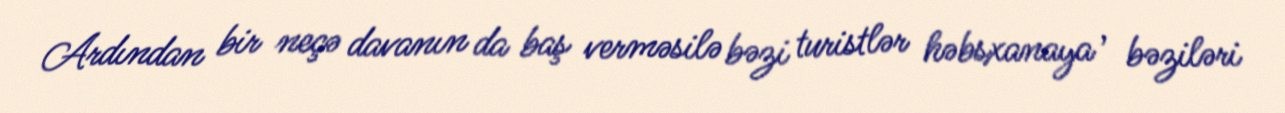
Ardından bir neçə davanın da baş verməsilə bəzi turistlər həbsxanaya , bəziləri